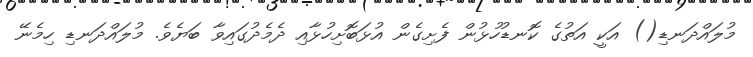
މުލައްދަނޑި() އަކީ އަތުގެ ކޮނޑުހުޅުން ފެށިގެން އުޅަބޮށިހުޅާއި ދެމެދުގައިވާ ބަޔެވެ. މުލައްދަނޑި ހިމެނޭ